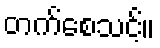
တက်စေသင့်။